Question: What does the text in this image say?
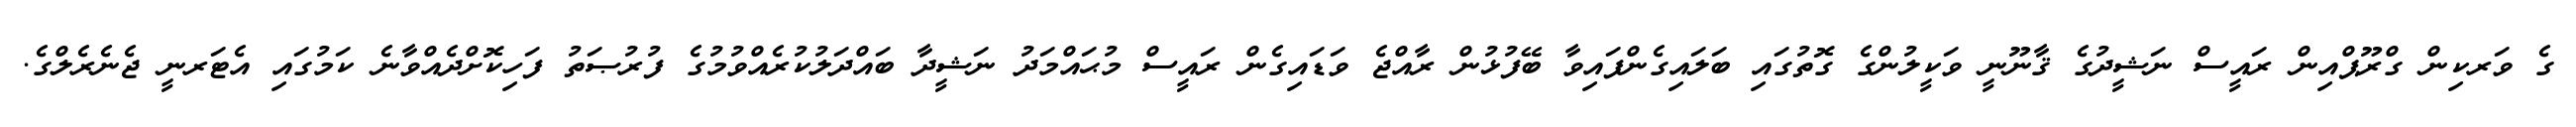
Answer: ގެ ވަރކިން ގްރޫޕްއިން ރައީސް ނަޝީދުގެ ޤާނޫނީ ވަކީލުންގެ ގޮތުގައި ބަލައިގެންފައިވާ ބޭފުޅުން ރާއްޖެ ވަޑައިގެން ރައީސް މުޙައްމަދު ނަޝީދާ ބައްދަލުކުރެއްވުމުގެ ފުރުޞަތު ފަހިކޮށްދެއްވާނެ ކަމުގައި އެޓަރނީ ޖެނެރެލްގެ.